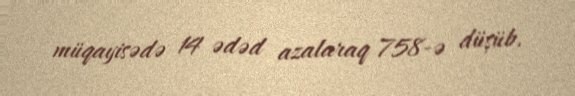
müqayisədə 14 ədəd azalaraq 758-ə düşüb.